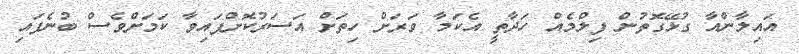
އައިލާންއާ ގުޅޭގޮތުން ފިލްމެއް ހަދާތީ އެކަމާ ވަރަށް ހިތަށް އަސަރުކޮށްފައިވާ ކަމަށްވެސް ބުނެފައި